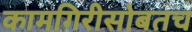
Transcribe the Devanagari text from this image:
कामगिरीसोबतच